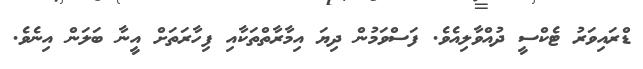
ޑްރައިވަރު ޓެކްސީ ދުއްވާލިއެވެ. ފަސްވަމުން ދިޔަ އިމާރާތްތަކާއި ފިހާރަތަށް އީނާ ބަލަން އިނެވެ.